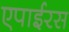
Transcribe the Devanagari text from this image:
एपाईरस